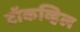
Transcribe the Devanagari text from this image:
टॉकव्हिल